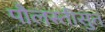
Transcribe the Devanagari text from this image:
पौलस्तीसुत